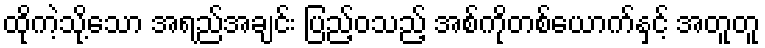
ထိုကဲ့သို့သော အရည်အချင်း ပြည့်ဝသည့် အစ်ကိုတစ်ယောက်နှင့် အတူတူ